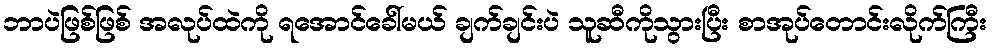
ဘာပဲဖြစ်ဖြစ် အလုပ်ထဲကို ရအောင်ခေါ်မယ် ချက်ချင်းပဲ သူဆီကိုသွားပြီး စာအုပ်တောင်းလိုက်ကြီး